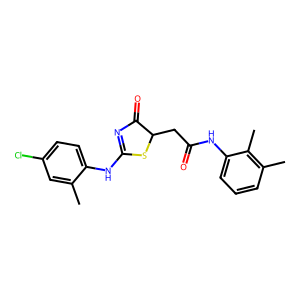
SMILES: Cc1cc(Cl)ccc1NC1=NC(=O)C(CC(=O)Nc2cccc(C)c2C)S1
Inhibits HIV replication: No